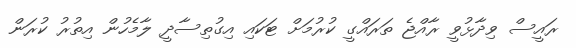
ރައީސް ވިދާޅުވީ ރާއްޖެ ތަރައްގީ ކުރުމަށް ޓަކައި އިގުތިސާދީ ލާމެހުން އިތުރު ކުރަން